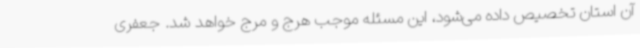
آن استان تخصیص داده می‌شود، این مسئله موجب هرج و مرج خواهد شد. جعفری